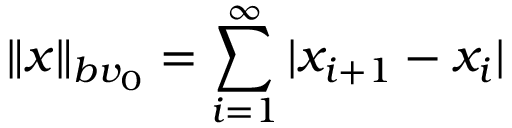
\| x \| _ { b v _ { 0 } } = \sum _ { i = 1 } ^ { \infty } | x _ { i + 1 } - x _ { i } |